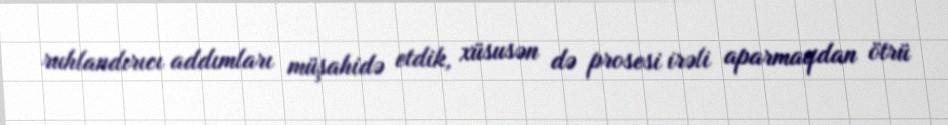
ruhlandırıcı addımları müşahidə etdik, xüsusən də prosesi irəli aparmaqdan ötrü